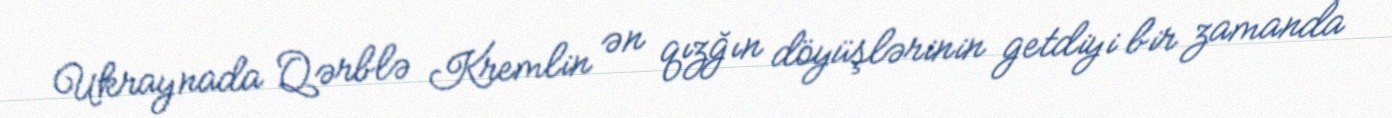
Ukraynada Qərblə Kremlin ən qızğın döyüşlərinin getdiyi bir zamanda